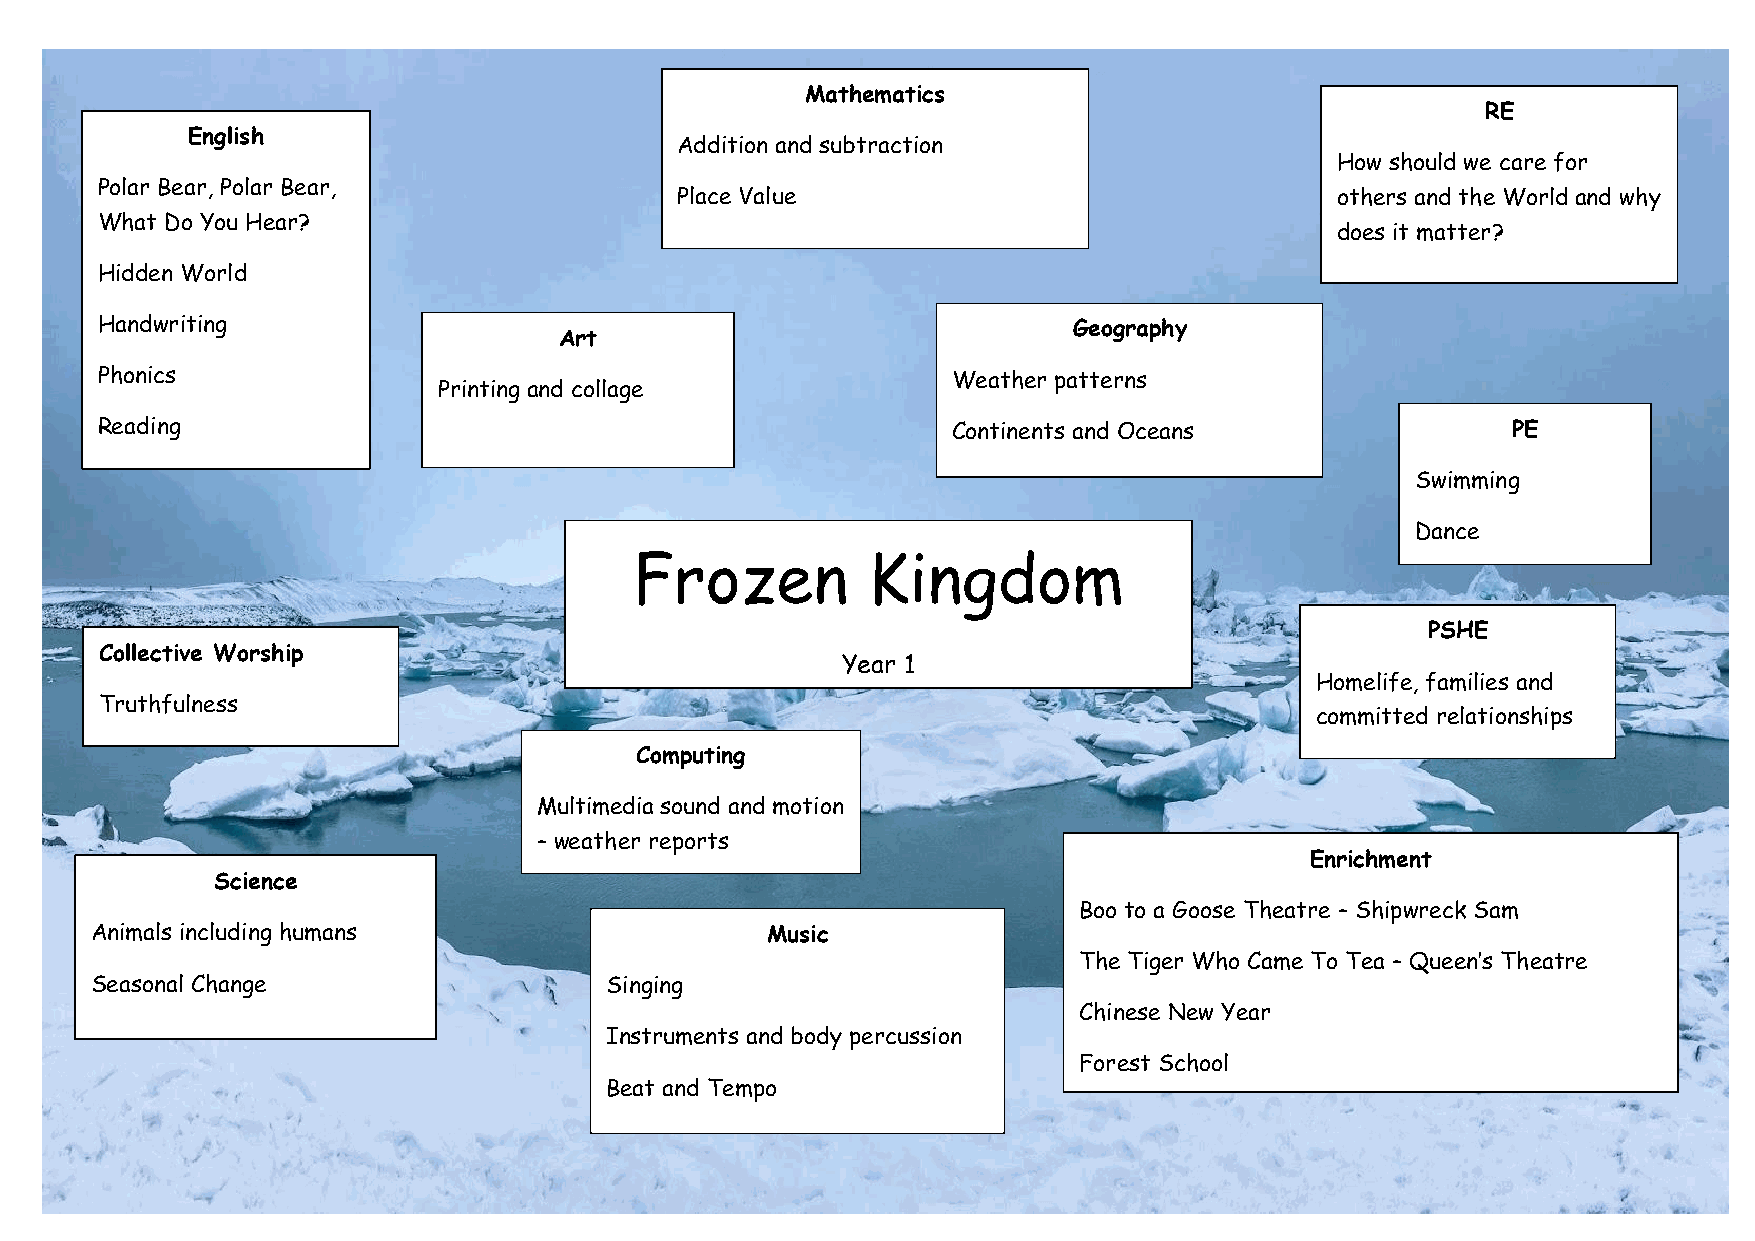
Mathematics
 RE
 English
 Addition and subtraction
 How should we care for
 Polar Bear, Polar Bear,
 Place Value                                others and the World and why
 What Do You Hear?
 does it matter?
 Hidden World
 Handwriting                                                      Geography
 Art
 Phonics                                                  Weather patterns
 Printing and collage
 Reading                                                  Continents and Oceans                PE
 Swimming
 Dance
 Frozen         Kingdom
 PSHE
 Collective Worship
 Year 1
 Homelife, families and
 Truthfulness
 committed relationships
 Computing
 Multimedia sound and motion
 – weather reports
 Enrichment
 Science
 Boo to a Goose Theatre – Shipwreck Sam
 Animals including humans                     Music
 The Tiger Who Came To Tea – Queen’s Theatre
 Seasonal Change                   Singing
 Chinese New Year
 Instruments and body percussion
 Forest School
 Beat and Tempo